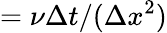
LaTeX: =\nu\Delta t/(\Delta x^{2})